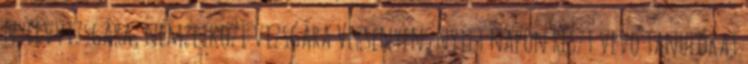
nyelvvizsgára, nemzetközi vizsgára Versenyen, nyílt napon részt vevő tanulókat